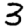
Digit: 3